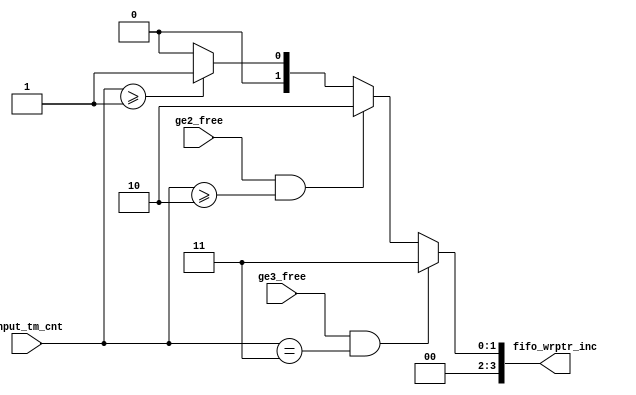
module NIOS_nios2_qsys_0_nios2_oci_fifo_wrptr_inc (
                                                     ge2_free,
                                                     ge3_free,
                                                     input_tm_cnt,
                                                     fifo_wrptr_inc
                                                  )
;
  output  [  3: 0] fifo_wrptr_inc;
  input            ge2_free;
  input            ge3_free;
  input   [  1: 0] input_tm_cnt;
  reg     [  3: 0] fifo_wrptr_inc;
  always @(ge2_free or ge3_free or input_tm_cnt)
    begin
      if (ge3_free & (input_tm_cnt == 3))
          fifo_wrptr_inc = 3;
      else if (ge2_free & (input_tm_cnt >= 2))
          fifo_wrptr_inc = 2;
      else if (input_tm_cnt >= 1)
          fifo_wrptr_inc = 1;
      else 
        fifo_wrptr_inc = 0;
    end
endmodule